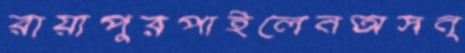
রায়াপুরপাইলেনঅসন্